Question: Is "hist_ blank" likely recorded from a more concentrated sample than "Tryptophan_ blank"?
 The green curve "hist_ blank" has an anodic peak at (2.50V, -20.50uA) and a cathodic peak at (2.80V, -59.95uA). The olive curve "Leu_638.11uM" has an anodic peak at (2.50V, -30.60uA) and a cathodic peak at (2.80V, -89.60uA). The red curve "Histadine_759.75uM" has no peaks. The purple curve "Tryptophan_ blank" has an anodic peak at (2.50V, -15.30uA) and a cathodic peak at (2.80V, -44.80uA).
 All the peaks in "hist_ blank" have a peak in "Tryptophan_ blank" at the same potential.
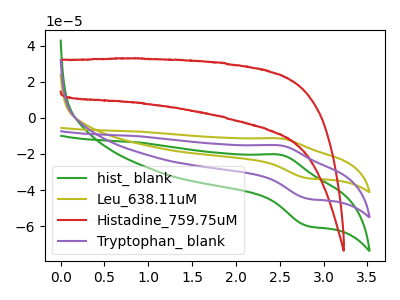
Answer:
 <answer>I cant tell if "hist_ blank" or "Tryptophan_ blank" has more signal.</answer>
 <eval>mixed_signal</eval>